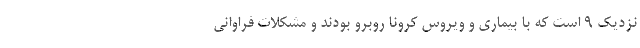
نزدیک ۹ است که با بیماری و ویروس کرونا روبرو بودند و مشکلات فراوانی